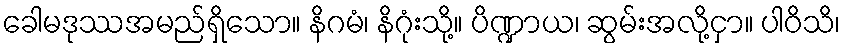
ခေါမဒုဿအမည်ရှိသော။ နိဂမံ၊ နိဂုံးသို့။ ပိဏ္ဍာယ၊ ဆွမ်းအလို့ငှာ။ ပါဝိသိ၊